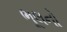
ભૂલનો